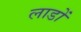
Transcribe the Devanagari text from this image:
लाडों